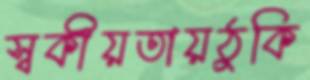
স্বকীয়তায়ঠুকি